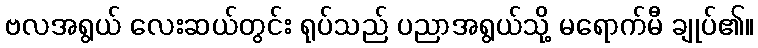
ဗလအရွယ် လေးဆယ်တွင်း ရုပ်သည် ပညာအရွယ်သို့ မရောက်မီ ချုပ်၏။